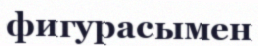
фигурасымен